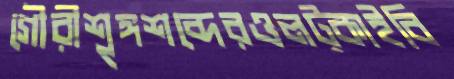
গৌরীশৃঙ্গশব্দেরওলট্‌কাইবি